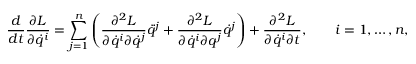
{ \frac { d } { d t } } { \frac { \partial { \cal { L } } } { \partial { \dot { q } } ^ { i } } } = \sum _ { j = 1 } ^ { n } \left( { \frac { \partial ^ { 2 } { \cal { L } } } { \partial { \dot { q } } ^ { i } \partial { \dot { q } } ^ { j } } } { \ddot { q } } ^ { j } + { \frac { \partial ^ { 2 } { \cal { L } } } { \partial { \dot { q } } ^ { i } \partial { q } ^ { j } } } { \dot { q } } ^ { j } \right) + { \frac { \partial ^ { 2 } { \cal { L } } } { \partial { \dot { q } } ^ { i } \partial t } } , \qquad i = 1 , \ldots , n ,